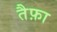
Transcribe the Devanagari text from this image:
तैफ़ा